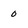
Character: 0